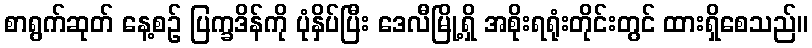
စာရွက်ဆုတ် နေ့စဉ် ပြက္ခဒိန်ကို ပုံနှိပ်ပြီး ဒေလီမြို့ရှိ အစိုးရရုံးတိုင်းတွင် ထားရှိစေသည်။